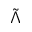
\tilde { \Lambda }